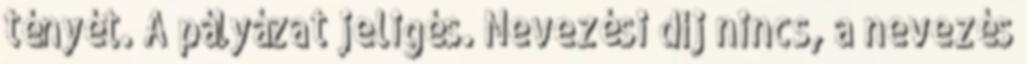
tényét. A pályázat jeligés. Nevezési díj nincs, a nevezés